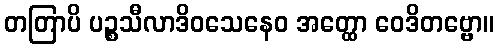
တတြာပိ ပဉ္စသီလာဒိဝသေနေဝ အတ္ထော ဝေဒိတဗ္ဗော။